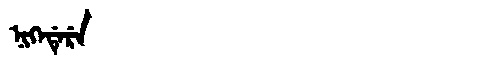
Manchu: ᠨᡳᡴᡝᡩᡝᡵᡝ
Romanization: NIKEDERE